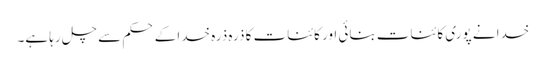
خدا نے پوری کائنات بنائی اور کائنات کا ذرہ ذرہ خدا کے حکم سے چل رہا ہے۔